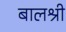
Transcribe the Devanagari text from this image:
बालश्री